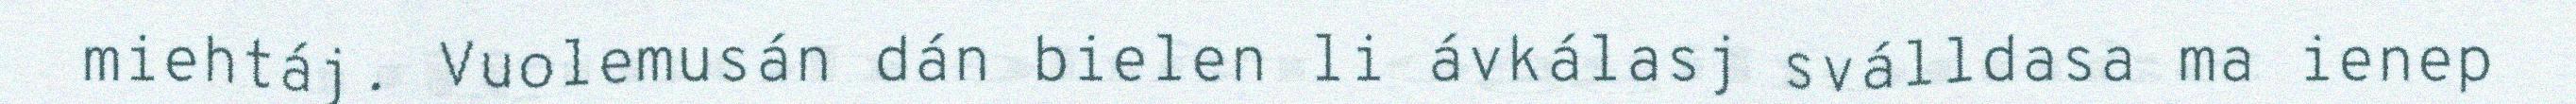
miehtáj. Vuolemusán dán bielen li ávkálasj sválldasa ma ienep